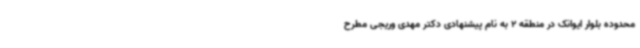
محدوده بلوار ایوانک در منطقه 2 به نام پیشنهادی دکتر مهدی وریجی مطرح